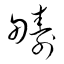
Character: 疇